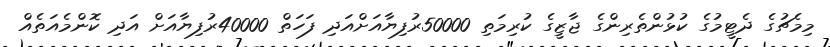
މިމެޗުގެ ދެޓީމުގެ ކުޅުންތެރިންގެ ޖާޒީގެ ކުރިމަތި 50000ރުފިޔާއަށްއަދި ފަހަތް 40000ރުފިޔާއަށް އަދި ކޮންމެއަތެއް